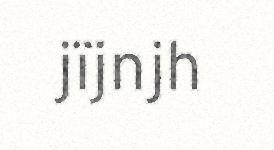
jïjnjh